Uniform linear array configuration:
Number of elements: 4
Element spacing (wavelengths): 0.75
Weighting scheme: hamming
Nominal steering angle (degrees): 0
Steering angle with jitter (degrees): -0.6367
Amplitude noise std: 0.05
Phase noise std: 0.05

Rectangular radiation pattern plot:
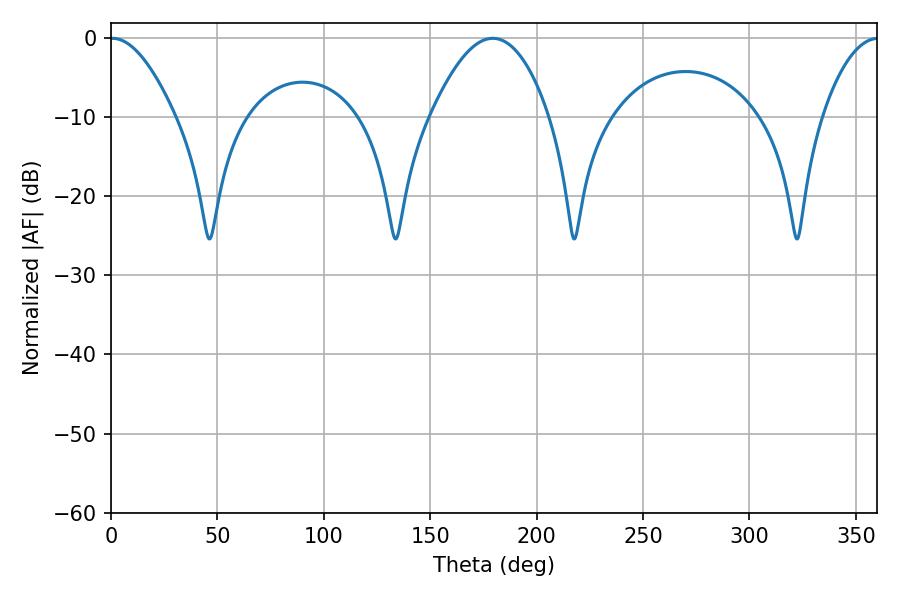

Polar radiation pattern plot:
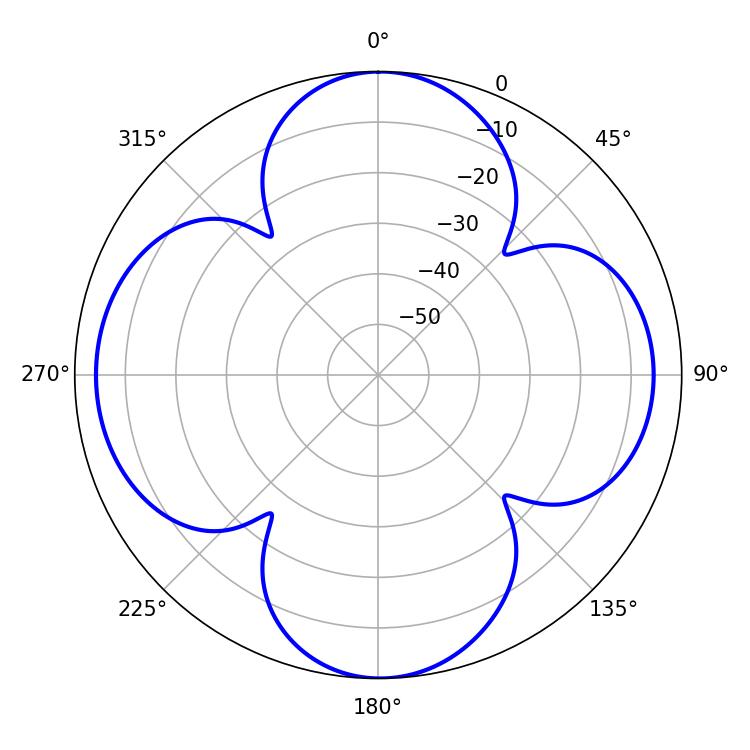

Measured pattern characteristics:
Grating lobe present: TRUE
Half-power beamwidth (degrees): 16.38
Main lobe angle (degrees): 0.54